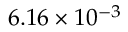
6 . 1 6 \times 1 0 ^ { - 3 }